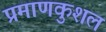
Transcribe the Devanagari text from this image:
प्रमाणकुशल